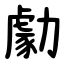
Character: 勮